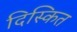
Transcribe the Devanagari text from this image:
दिस्कित